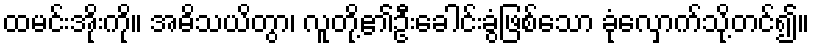
ထမင်းအိုးကို။ အဓိသယိတွာ၊ လူတို့၏ဦးခေါင်းခွံဖြစ်သော ခုံလှောက်သို့တင်၍။